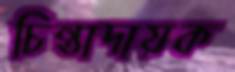
চিন্তাদায়ক